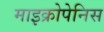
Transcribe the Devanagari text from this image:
माइक्रोपेनिस